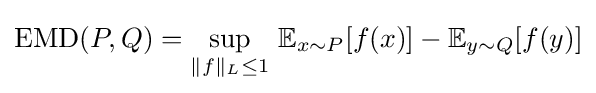
{\text{EMD}}(P,Q)=\sup \limits _{\|f\|_{L}\leq 1}\,\mathbb {E} _{x\sim P}[f(x)]-\mathbb {E} _{y\sim Q}[f(y)]